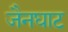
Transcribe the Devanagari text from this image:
जैनघाट